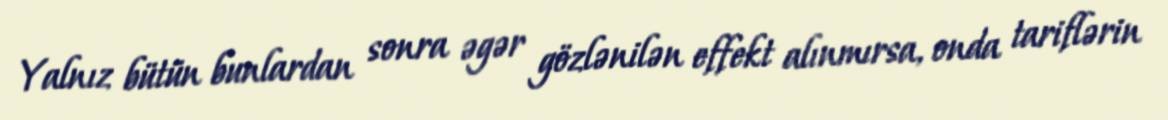
Yalnız bütün bunlardan sonra əgər gözlənilən effekt alınmırsa, onda tariflərin